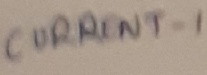
Text: CURRENT-1